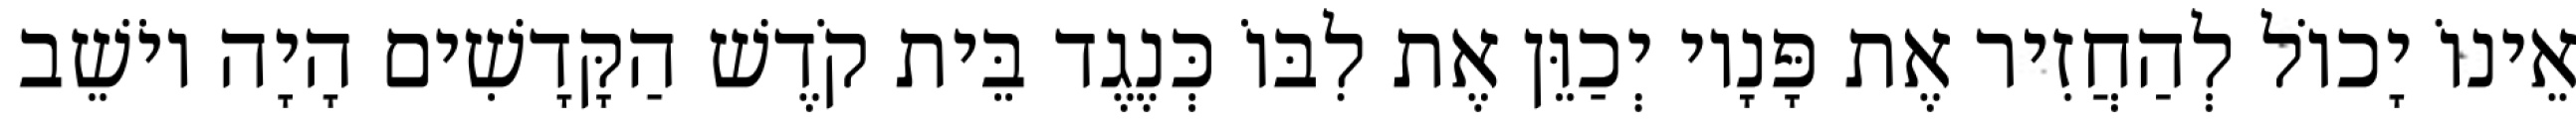
אֵינוֹ יָכוֹל לְהַחֲזִיר אֶת פָּנָיו יְכַוֵּן אֶת לִבּוֹ כְּנֶגֶד בֵּית קֹדֶשׁ הַקָּדָשִׁים הָיָה יוֹשֵׁב